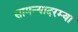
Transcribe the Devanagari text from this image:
सामन्यादरम्या